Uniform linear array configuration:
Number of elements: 64
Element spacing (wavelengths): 1
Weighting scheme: binomial
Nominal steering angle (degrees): -30
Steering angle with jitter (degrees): -30.532
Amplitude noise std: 0.05
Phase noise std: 0.05

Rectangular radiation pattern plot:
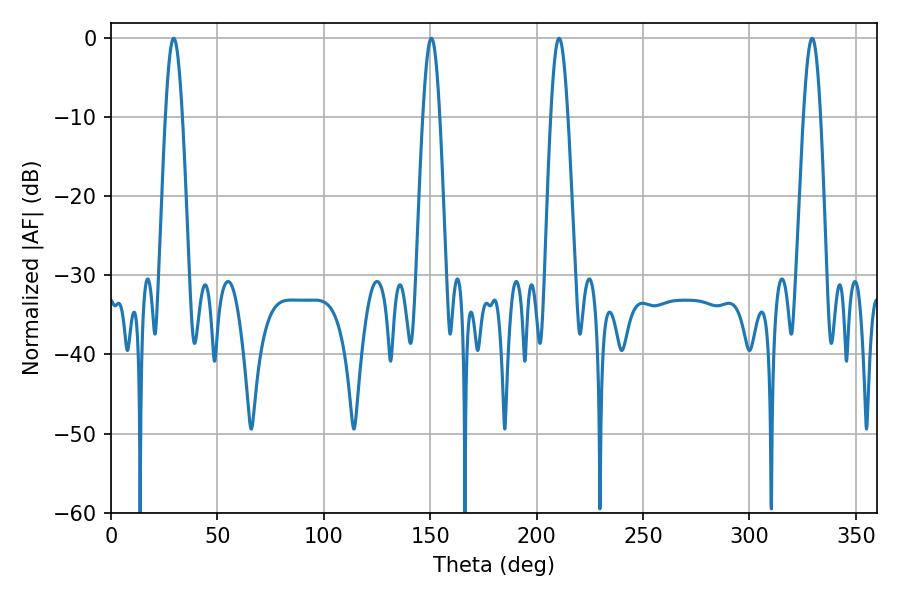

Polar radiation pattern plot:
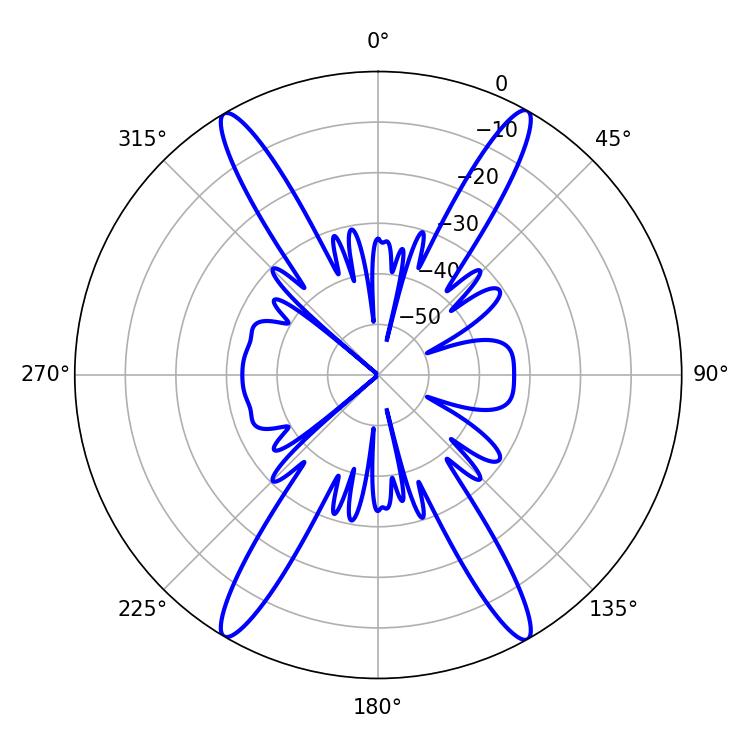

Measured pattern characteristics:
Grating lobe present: TRUE
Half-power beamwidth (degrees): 4.32
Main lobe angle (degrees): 29.52